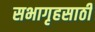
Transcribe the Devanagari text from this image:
सभागृहसाठी